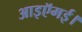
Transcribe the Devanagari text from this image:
आइऍमई।